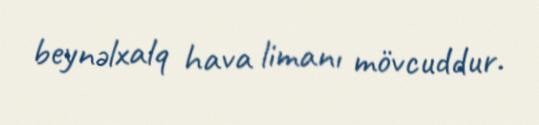
beynəlxalq hava limanı mövcuddur.